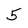
Character: 5